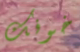
خوفك